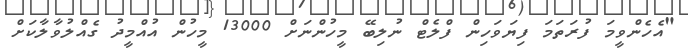
"އެހެންވީމަ ފުރަތަމަ ފިޔަވަހިން ފްލެޓް ނުލިބޭ މީހުންނަށް 13000 މީހުން އުއްމީދު ގެއްލުވާލާކަށް